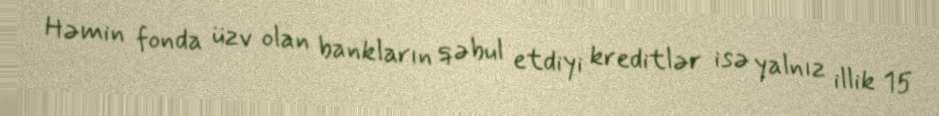
Həmin fonda üzv olan bankların qəbul etdiyi kreditlər isə yalnız illik 15